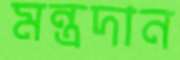
মন্ত্রদান